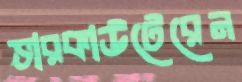
ভারকাউটেরেন